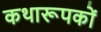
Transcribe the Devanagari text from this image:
कथारूपकों